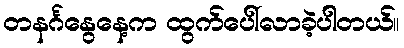
တနင်္ဂနွေနေ့က ထွက်ပေါ်လာခဲ့ပါတယ်။